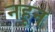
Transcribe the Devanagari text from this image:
नहून